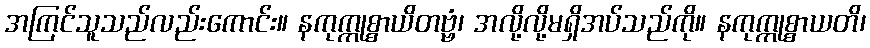
အကြင်သူသည်လည်းကောင်း။ နကုက္ကုစ္စာယိတဗ္ဗံ၊ အလို့လို့မရှိအပ်သည်ကို။ နကုက္ကုစ္စာယတိ၊